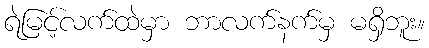
ရဲမြင့်လက်ထဲမှာ ဘာလက်နက်မှ မရှိဘူး။